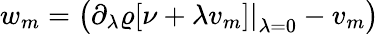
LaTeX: w_{m}=\left(\left.\partial_{\lambda}\varrho[\nu+\lambda v_{m}]\right\vert_{\lambda=0}-v_{m}\right)